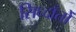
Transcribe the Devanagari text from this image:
सिध्दाँतोँ